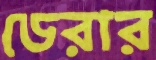
ডেরার